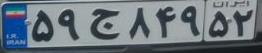
۵۹ج۸۴۹۵۲